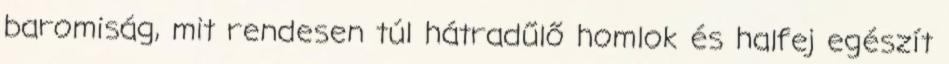
baromiság, mit rendesen túl hátradűlő homlok és halfej egészít